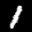
Label: 1